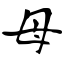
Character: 母